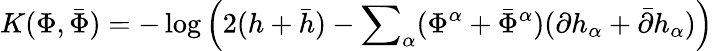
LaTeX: K(\Phi,{\bar{\Phi}})=-\log\left(2(h+{\bar{h}})-{\sum}_{\alpha}({\Phi}^{\alpha}+{\bar{\Phi}}^{\alpha})({\partial h}_{\alpha}+{\bar{\partial}}{h}_{\alpha})\right)